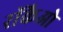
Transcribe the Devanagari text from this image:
रॉकैओ